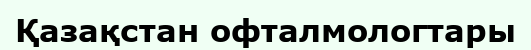
Қазақстан офталмологтары